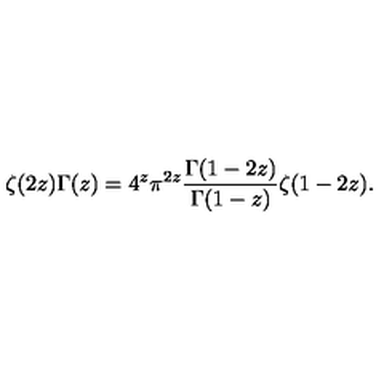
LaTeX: \zeta ( 2 z ) \Gamma ( z ) = 4 ^ { z } \pi ^ { 2 z } \frac { \Gamma ( 1 - 2 z ) } { \Gamma ( 1 - z ) } \zeta ( 1 - 2 z ) .